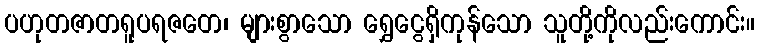
ပဟုတဇာတရူပရဇတေ၊ များစွာသော ရွှေငွေရှိကုန်သော သူတို့ကိုလည်းကောင်း။